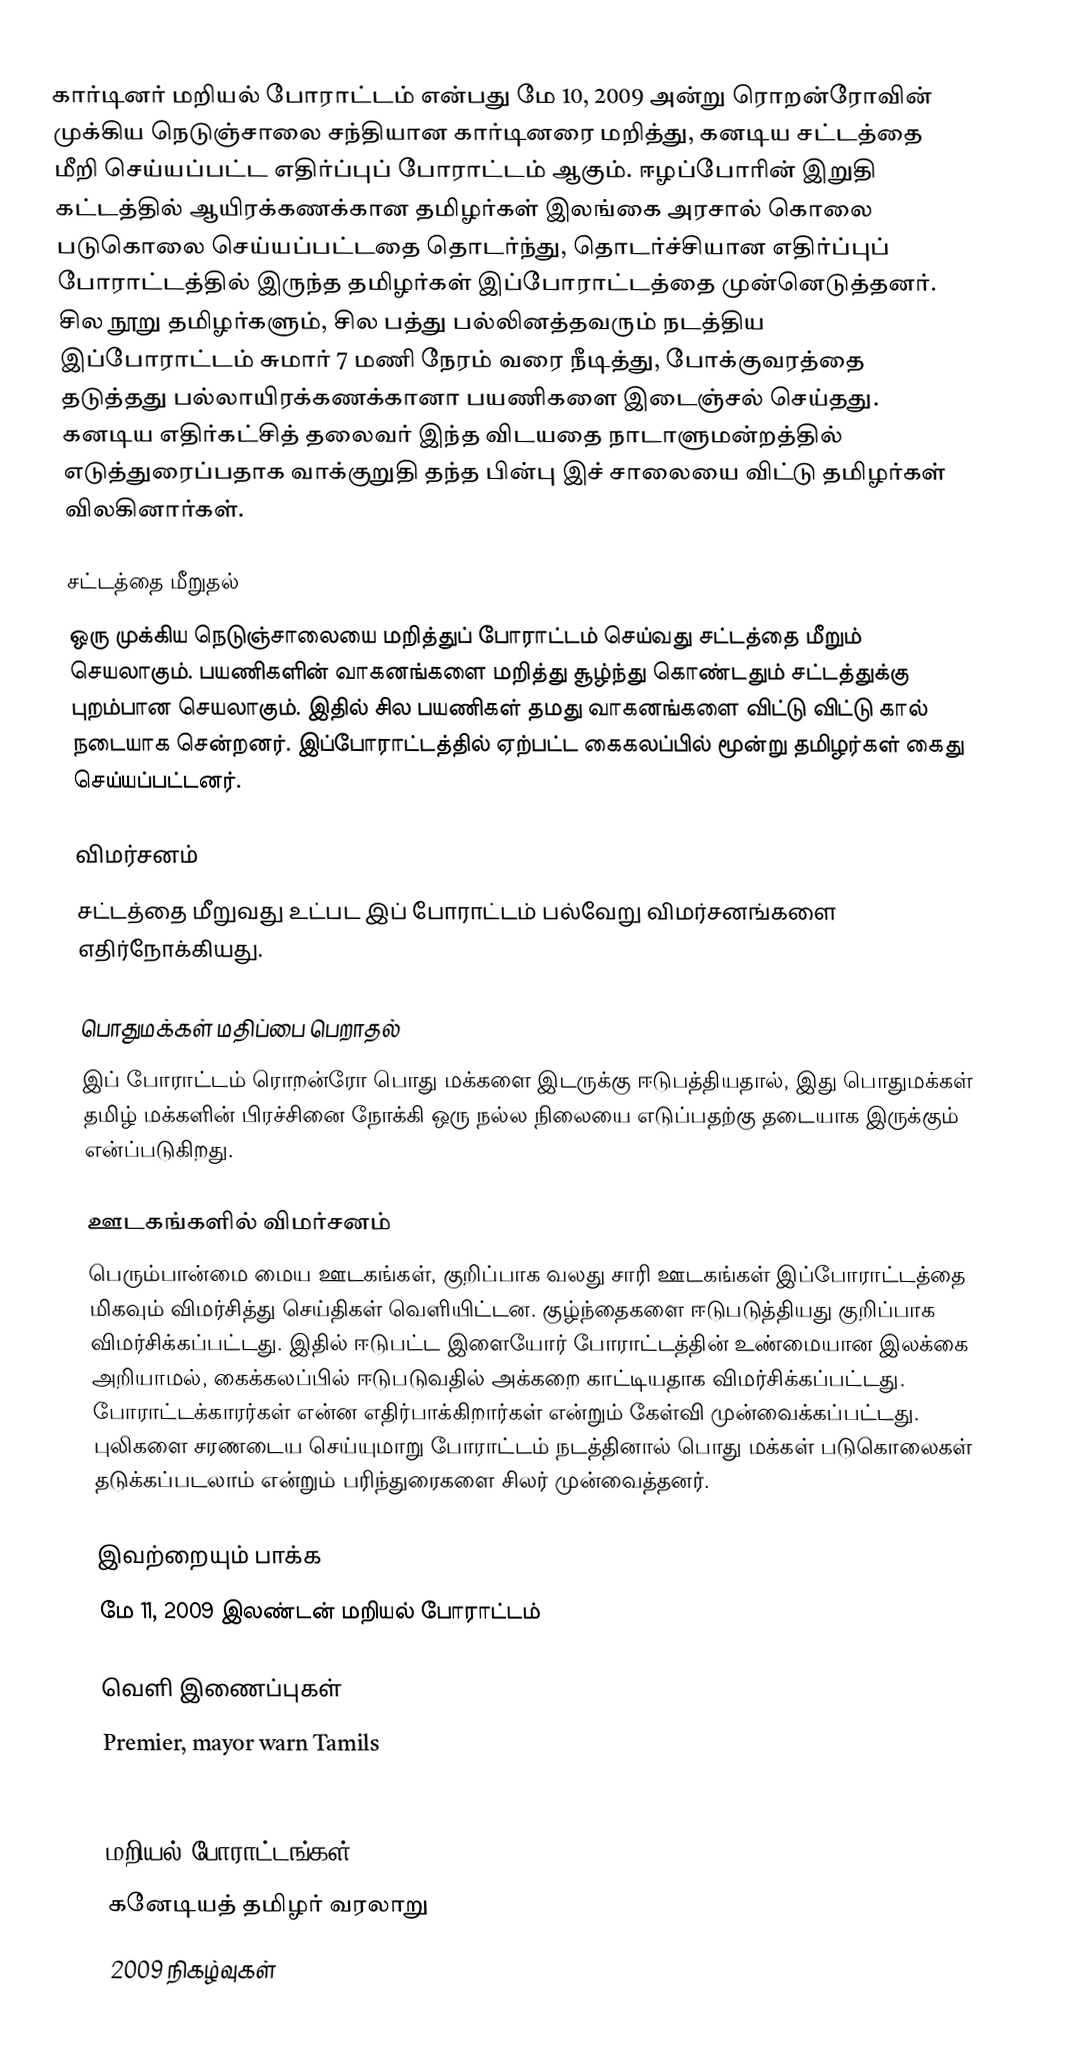
கார்டினர் மறியல் போராட்டம் என்பது மே 10, 2009 அன்று ரொறன்ரோவின் முக்கிய நெடுஞ்சாலை சந்தியான கார்டினரை மறித்து, கனடிய சட்டத்தை மீறி செய்யப்பட்ட எதிர்ப்புப் போராட்டம் ஆகும். ஈழப்போரின் இறுதி கட்டத்தில் ஆயிரக்கணக்கான தமிழர்கள் இலங்கை அரசால் கொலை படுகொலை செய்யப்பட்டதை தொடர்ந்து, தொடர்ச்சியான எதிர்ப்புப் போராட்டத்தில் இருந்த தமிழர்கள் இப்போராட்டத்தை முன்னெடுத்தனர்.  சில நூறு தமிழர்களும், சில பத்து பல்லினத்தவரும் நடத்திய இப்போராட்டம் சுமார் 7 மணி நேரம் வரை நீடித்து, போக்குவரத்தை தடுத்தது பல்லாயிரக்கணக்கானா பயணிகளை இடைஞ்சல் செய்தது.  கனடிய எதிர்கட்சித் தலைவர் இந்த விடயதை நாடாளுமன்றத்தில் எடுத்துரைப்பதாக வாக்குறுதி தந்த பின்பு இச் சாலையை விட்டு தமிழர்கள் விலகினார்கள்.

சட்டத்தை மீறுதல்
ஒரு முக்கிய நெடுஞ்சாலையை மறித்துப் போராட்டம் செய்வது சட்டத்தை மீறும் செயலாகும்.  பயணிகளின் வாகனங்களை மறித்து சூழ்ந்து கொண்டதும் சட்டத்துக்கு புறம்பான செயலாகும்.  இதில் சில பயணிகள் தமது வாகனங்களை விட்டு விட்டு கால் நடையாக சென்றனர்.  இப்போராட்டத்தில் ஏற்பட்ட கைகலப்பில் மூன்று தமிழர்கள் கைது செய்யப்பட்டனர்.

விமர்சனம்
சட்டத்தை மீறுவது உட்பட இப் போராட்டம் பல்வேறு விமர்சனங்களை எதிர்நோக்கியது.

பொதுமக்கள் மதிப்பை பெறாதல்
இப் போராட்டம் ரொறன்ரோ பொது மக்களை இடருக்கு ஈடுபத்தியதால், இது பொதுமக்கள் தமிழ் மக்களின் பிரச்சினை நோக்கி ஒரு நல்ல நிலையை எடுப்பதற்கு தடையாக இருக்கும் என்ப்படுகிறது.

ஊடகங்களில் விமர்சனம்
பெரும்பான்மை மைய ஊடகங்கள், குறிப்பாக வலது சாரி ஊடகங்கள் இப்போராட்டத்தை மிகவும் விமர்சித்து செய்திகள் வெளியிட்டன.  குழ்ந்தைகளை ஈடுபடுத்தியது குறிப்பாக விமர்சிக்கப்பட்டது.  இதில் ஈடுபட்ட இளையோர் போராட்டத்தின் உண்மையான இலக்கை அறியாமல், கைக்கலப்பில் ஈடுபடுவதில் அக்கறை காட்டியதாக விமர்சிக்கப்பட்டது.  போராட்டக்காரர்கள் என்ன எதிர்பாக்கிறார்கள் என்றும் கேள்வி முன்வைக்கப்பட்டது.  புலிகளை சரணடைய செய்யுமாறு போராட்டம் நடத்தினால் பொது மக்கள் படுகொலைகள் தடுக்கப்படலாம் என்றும் பரிந்துரைகளை சிலர் முன்வைத்தனர்.

இவற்றையும் பாக்க
 மே 11, 2009 இலண்டன் மறியல் போராட்டம்

வெளி இணைப்புகள்
 Premier, mayor warn Tamils
 Tamil protest surprises Toronto

மறியல் போராட்டங்கள்
கனேடியத் தமிழர் வரலாறு
2009 நிகழ்வுகள்